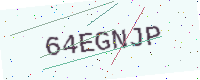
Text: 64EGNJP